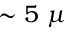
\sim 5 \ \mu